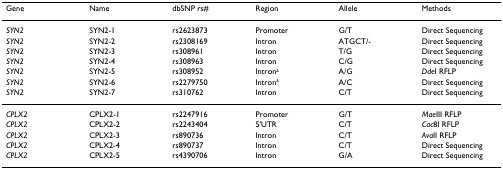
<table><thead><tr><td><b>Gene</b></td><td><b>Name</b></td><td><b>dbSNP rs#</b></td><td><b>Region</b></td><td><b>Allele</b></td><td><b>Methods</b></td></tr></thead><tbody><tr><td><i>SYN2</i></td><td>SYN2-1</td><td>rs2623873</td><td>Promoter</td><td>G/T</td><td>Direct Sequencing</td></tr><tr><td><i>SYN2</i></td><td>SYN2-2</td><td>rs2308169</td><td>Intron</td><td>ATGCT/-</td><td>Direct Sequencing</td></tr><tr><td><i>SYN2</i></td><td>SYN2-3</td><td>rs308961</td><td>Intron</td><td>T/G</td><td>Direct Sequencing</td></tr><tr><td><i>SYN2</i></td><td>SYN2-4</td><td>rs308963</td><td>Intron</td><td>C/G</td><td>Direct Sequencing</td></tr><tr><td><i>SYN2</i></td><td>SYN2-5</td><td>rs308952</td><td>Intron<sup>a</sup></td><td>A/G</td><td><i>Dde</i>I RFLP</td></tr><tr><td><i>SYN2</i></td><td>SYN2-6</td><td>rs2279750</td><td>Intron<sup>a</sup></td><td>A/C</td><td>Direct Sequencing</td></tr><tr><td><i>SYN2</i></td><td>SYN2-7</td><td>rs310762</td><td>Intron</td><td>C/T</td><td>Direct Sequencing</td></tr><tr><td><i>CPLX2</i></td><td>CPLX2-1</td><td>rs2247916</td><td>Promoter</td><td>G/T</td><td><i>Mae</i>III RFLP</td></tr><tr><td><i>CPLX2</i></td><td>CPLX2-2</td><td>rs2243404</td><td>5&#x27;UTR</td><td>C/T</td><td><i>Cac</i>8I RFLP</td></tr><tr><td><i>CPLX2</i></td><td>CPLX2-3</td><td>rs890736</td><td>Intron</td><td>C/T</td><td><i>Ava</i>II RFLP</td></tr><tr><td><i>CPLX2</i></td><td>CPLX2-4</td><td>rs890737</td><td>Intron</td><td>C/T</td><td>Direct Sequencing</td></tr><tr><td><i>CPLX2</i></td><td>CPLX2-5</td><td>rs4390706</td><td>Intron</td><td>G/A</td><td>Direct Sequencing</td></tr></tbody></table>